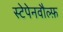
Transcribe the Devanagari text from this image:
स्टेपेनवौल्फ़